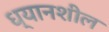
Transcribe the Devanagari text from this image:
ध्यानशील